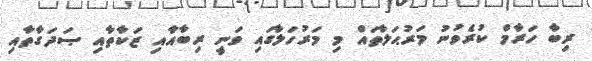
ރިބާ ހަރާމް ކުރެވުނު މަރުޙަލާތައް މި މަރުހަލާގައި ވަނީ ރިބާއާއި ޒަކާތާއި ޞަދަގާތާއި